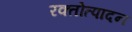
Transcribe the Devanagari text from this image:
रक्तोत्पादन